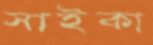
সাইকা